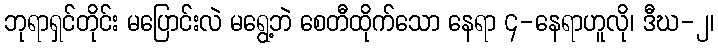
ဘုရာရှင်တိုင်း မပြောင်းလဲ မရွေ့ဘဲ စေတီထိုက်သော နေရာ ၄-နေရာဟူလို၊ ဒီဃ-၂၊